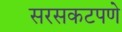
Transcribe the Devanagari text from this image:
सरसकटपणे